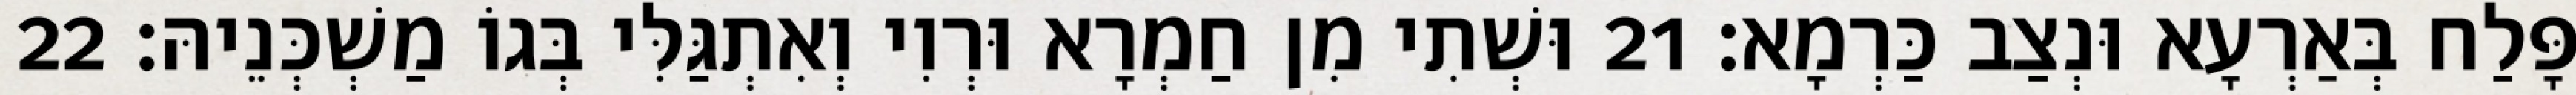
פָּלַח בְּאַרְעָא וּנְצַב כַּרְמָא׃ 21 וּשְׁתִי מִן חַמְרָא וּרְוִי וְאִתְגַּלִּי בְּגוֹ מַשְׁכְּנֵיהּ׃ 22